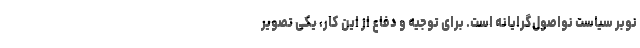
نوبر سیاست نواصول‌گرایانه است. برای توجیه و دفاع از این کار، یکی تصویر